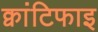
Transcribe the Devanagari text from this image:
क्वांटिफाइ